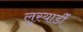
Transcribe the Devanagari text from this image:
लुस्यार्डी